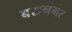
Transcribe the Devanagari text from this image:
बरानगर